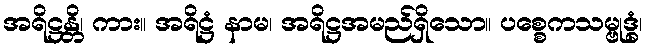
အရိဋ္ဌန္တိ၊ ကား။ အရိဋ္ဌံ နာမ၊ အရိဋ္ဌအမည်ရှိသော။ ပစ္စေကသမ္ဗုဒ္ဓံ၊